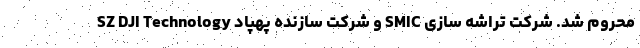
محروم شد. شرکت تراشه سازی SMIC و شرکت سازنده پهپاد SZ DJI Technology